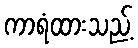
ကာရံထားသည့်